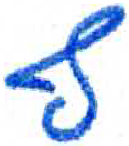
אות: ף